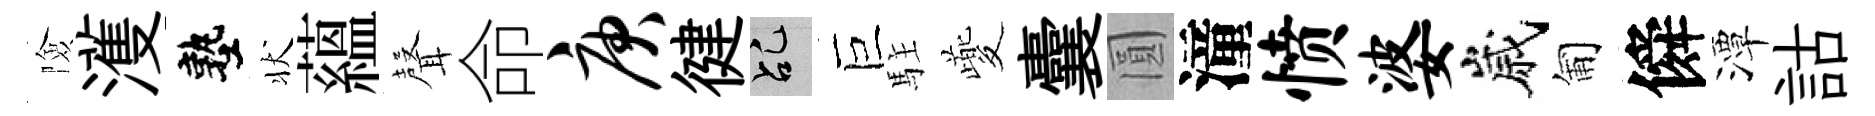
險濩塾状藴𮋻命庚徤乩巨駐夔囊圓潼愤婆嵗匍僢潭詁